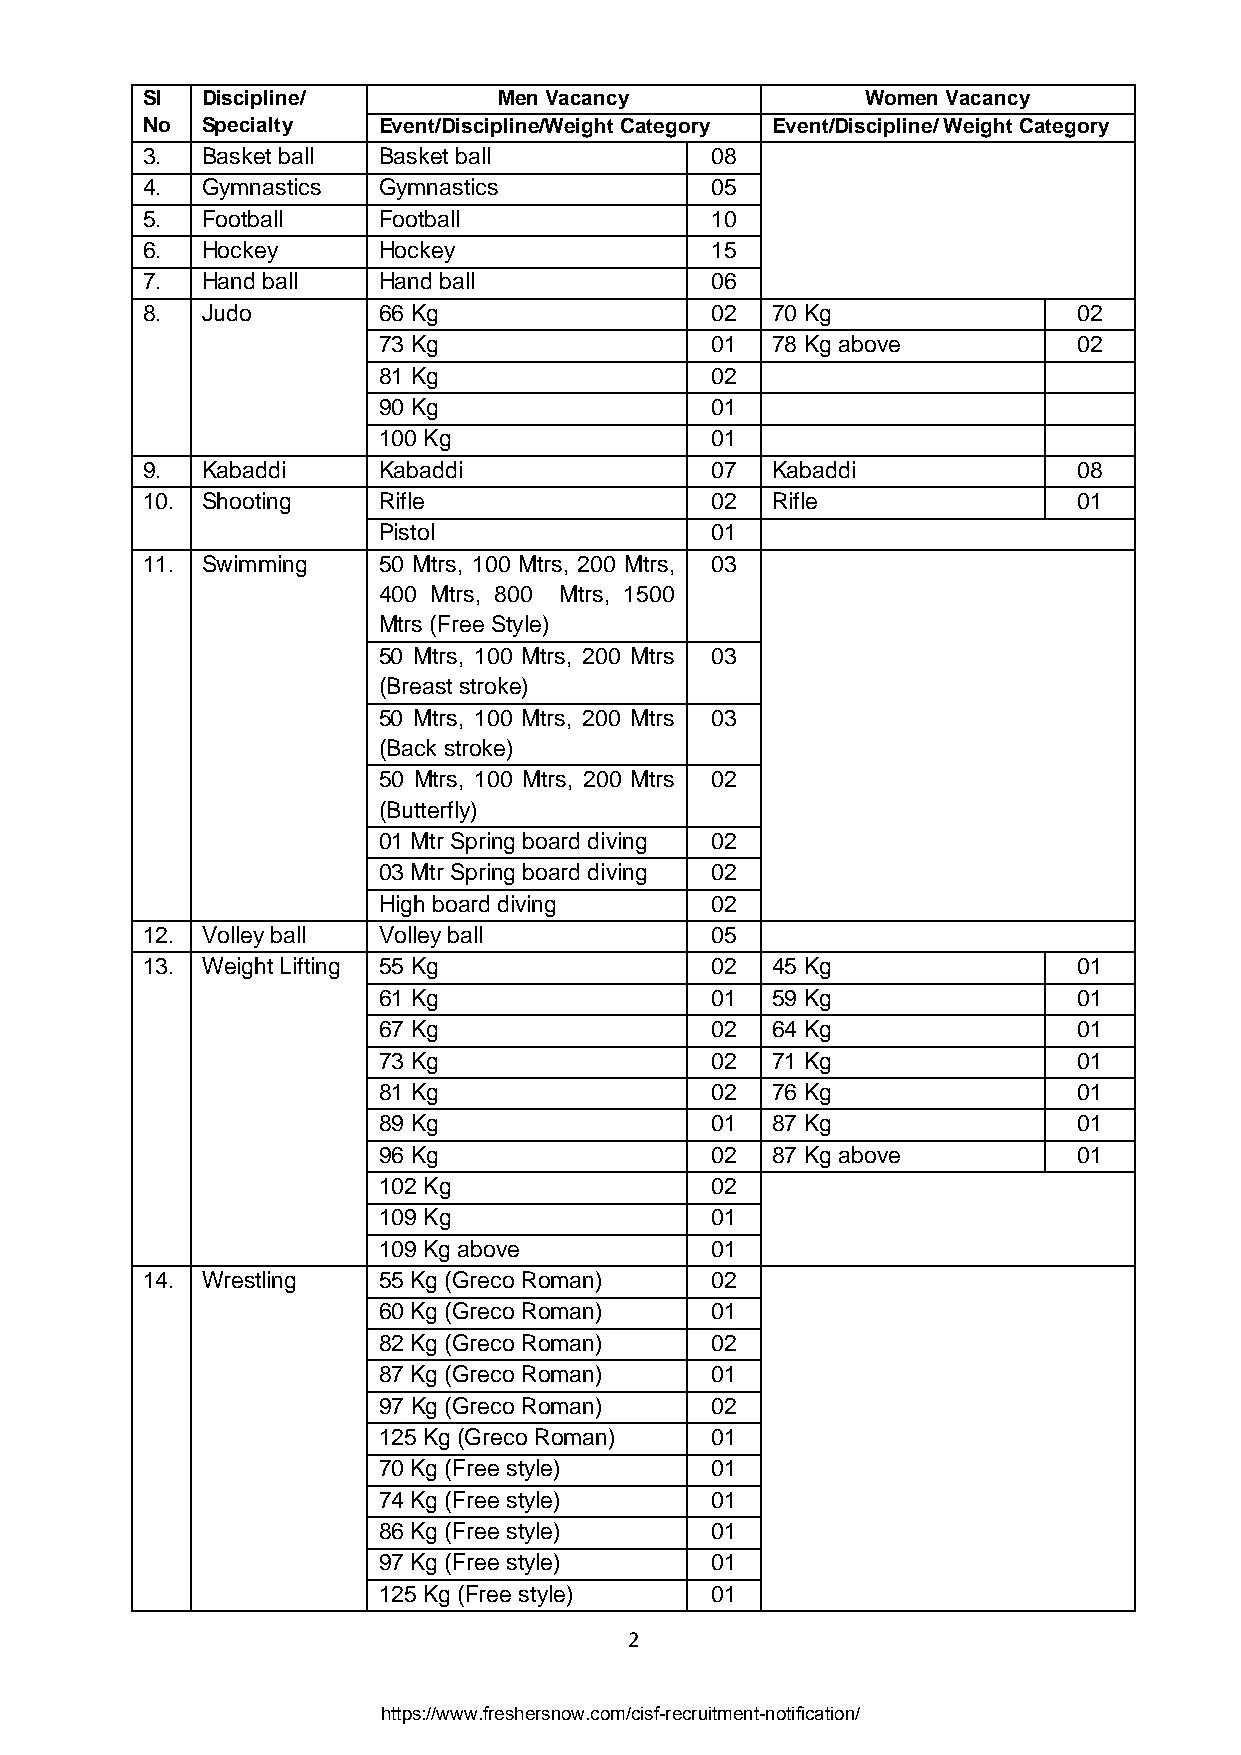
Sl  Discipline/         Men Vacancy             Women Vacancy
 No  Specialty   Event/Discipline/Weight Category Event/Discipline/ Weight Category
 3.  Basket ball Basket ball           08
 4.  Gymnastics  Gymnastics            05
 5.  Football    Football              10
 6.  Hockey      Hockey                15
 7.  Hand ball   Hand ball             06
 8.  Judo        66 Kg                 02  70 Kg               02
 73 Kg                 01  78 Kg above         02
 81 Kg                 02
 90 Kg                 01
 100 Kg                01
 9.  Kabaddi     Kabaddi               07  Kabaddi             08
 10. Shooting    Rifle                 02  Rifle               01
 Pistol                01
 11. Swimming    50 Mtrs, 100 Mtrs, 200 Mtrs, 03
 400 Mtrs, 800 Mtrs, 1500
 Mtrs (Free Style)
 50 Mtrs, 100 Mtrs, 200 Mtrs 03
 (Breast stroke)
 50 Mtrs, 100 Mtrs, 200 Mtrs 03
 (Back stroke)
 50 Mtrs, 100 Mtrs, 200 Mtrs 02
 (Butterfly)
 01 Mtr Spring board diving 02
 03 Mtr Spring board diving 02
 High board diving     02
 12. Volley ball Volley ball           05
 13. Weight Lifting 55 Kg              02  45 Kg               01
 61 Kg                 01  59 Kg               01
 67 Kg                 02  64 Kg               01
 73 Kg                 02  71 Kg               01
 81 Kg                 02  76 Kg               01
 89 Kg                 01  87 Kg               01
 96 Kg                 02  87 Kg above         01
 102 Kg                02
 109 Kg                01
 109 Kg above          01
 14. Wrestling   55 Kg (Greco Roman)   02
 60 Kg (Greco Roman)   01
 82 Kg (Greco Roman)   02
 87 Kg (Greco Roman)   01
 97 Kg (Greco Roman)   02
 125 Kg (Greco Roman)  01
 70 Kg (Free style)    01
 74 Kg (Free style)    01
 86 Kg (Free style)    01
 97 Kg (Free style)    01
 125 Kg (Free style)   01
 2
 https://www.freshersnow.com/cisf-recruitment-notification/